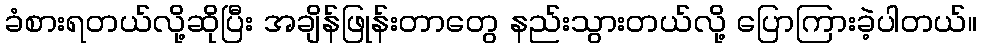
ခံစားရတယ်လို့ဆိုပြီး အချိန်ဖြုန်းတာတွေ နည်းသွားတယ်လို့ ပြောကြားခဲ့ပါတယ်။